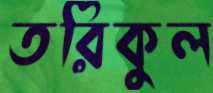
তরিকুল